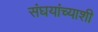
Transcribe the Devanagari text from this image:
संघयांच्याशी